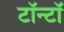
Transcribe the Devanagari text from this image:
टॉन्टॉ